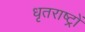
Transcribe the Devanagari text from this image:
धृतराष्ट्रों